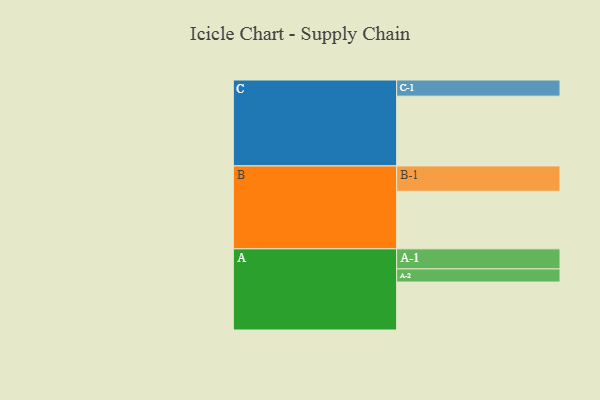
{"axis": {"x": "Segment", "y": "Value"}, "legend": ["", "A", "B", "C"], "data": [{"x": "A", "y": 380, "type": ""}, {"x": "B", "y": 456, "type": ""}, {"x": "C", "y": 553, "type": ""}, {"x": "A-1", "y": 159, "type": "A"}, {"x": "A-2", "y": 104, "type": "A"}, {"x": "B-1", "y": 201, "type": "B"}, {"x": "C-1", "y": 128, "type": "C"}]}